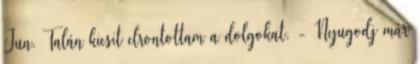
Jun. Talán kicsit elrontottam a dolgokat. - Nyugodj már